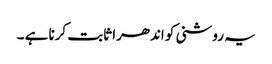
یہ روشنی کو اندھرا ثابت کرنا ہے ۔